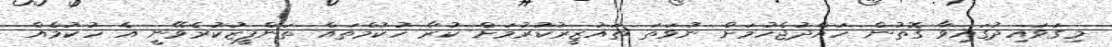
މިގަވައިދުގައިވާ ގޮތުން ހައްދުޖެހުމަށް ނުވަތަ ތައުޒީރުކުރުމަށް ކުރާ ހުކުމްތައް ތަންފީޒުކުރެވޭނީ އެ ހުކުމެއް